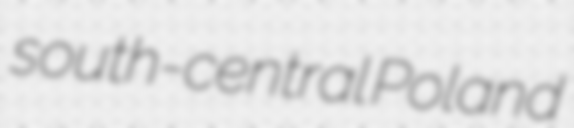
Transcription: south-central Poland